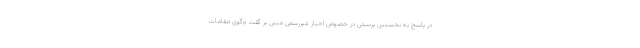
در پاسخ به نخستین پرسش در خصوص اخبار غیررسمی مبنی بر گفت وگوی مقامات